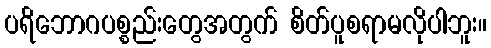
ပရိဘောဂပစ္စည်းတွေအတွက် စိတ်ပူစရာမလိုပါဘူး။